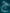
Transcribe